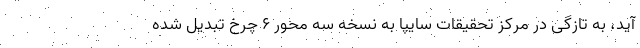
آید، به تازگی در مرکز تحقیقات سایپا به نسخه سه محور ۶ چرخ تبدیل شده